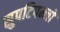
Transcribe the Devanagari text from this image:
सुपटिपन्नो